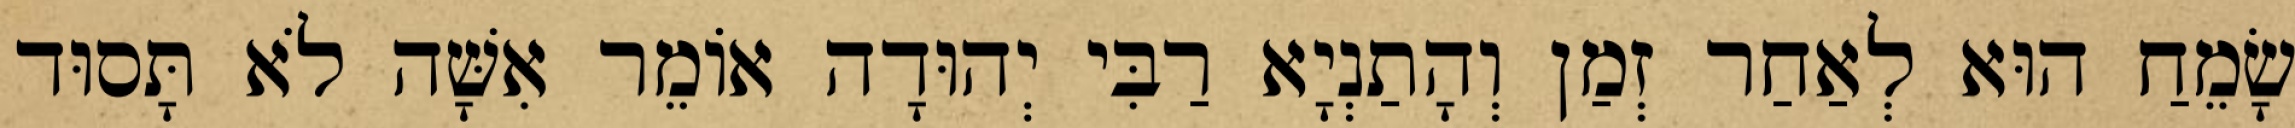
שָׂמֵחַ הוּא לְאַחַר זְמַן וְהָתַנְיָא רַבִּי יְהוּדָה אוֹמֵר אִשָּׁה לֹא תָּסוּד